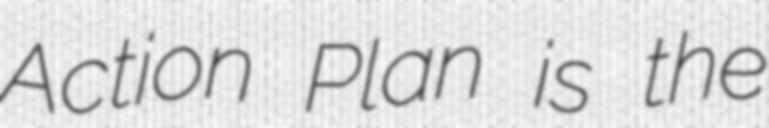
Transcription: Action Plan is the